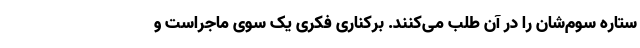
ستاره سوم‌شان را در آن طلب می‌کنند. برکناری فکری یک سوی ماجراست و